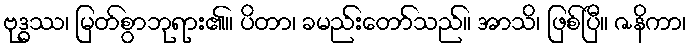
ဗုဒ္ဓဿ၊ မြတ်စွာဘုရား၏။ ပိတာ၊ ခမည်းတော်သည်။ အာသိ၊ ဖြစ်ပြီ။ ဇနိကာ၊